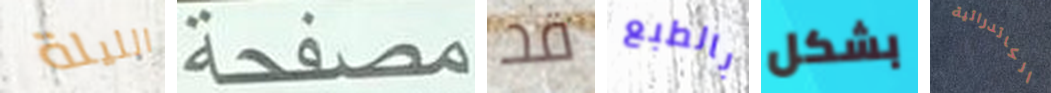
الليلة مصفحة قد بالطبع بشكل الكاتدرائية